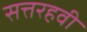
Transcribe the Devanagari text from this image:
सत्तरहवी